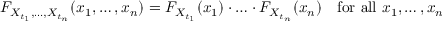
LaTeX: F _ { X _ { t _ { 1 } } , \ldots , X _ { t _ { n } } } ( x _ { 1 } , \ldots , x _ { n } ) = F _ { X _ { t _ { 1 } } } ( x _ { 1 } ) \cdot \ldots \cdot F _ { X _ { t _ { n } } } ( x _ { n } ) \quad { \mathrm { f o r ~ a l l ~ } } x _ { 1 } , \ldots , x _ { n }